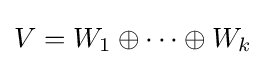
V=W_{1}\oplus \cdots \oplus W_{k}